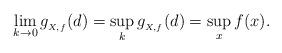
LaTeX: \begin{align*} \lim_{k\to 0} g_{_{X,f}}(d)=\sup_k g_{_{X,f}}(d) = \sup_x f(x).\end{align*}